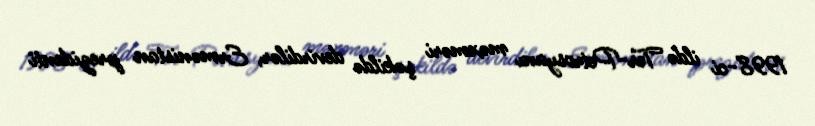
1998-ci ildə Ter-Petrosyanı məxməri şəkildə devirdilər, Ermənistan prezidenti